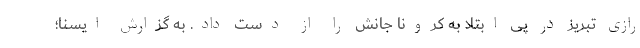
رازی تبریز در پی ابتلا به کرونا جانش را از دست داد. به گزارش ایسنا؛